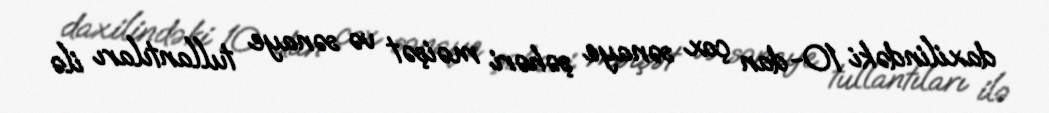
daxilindəki 10-dan çox sənaye şəhəri məişət və sənaye tullantıları ilə